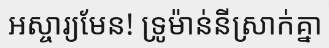
អស្ចារ្យមែន! ទ្រូម៉ាន់នីស្រាក់គ្នា